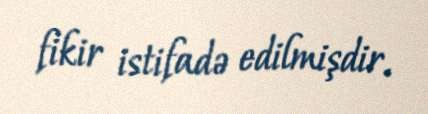
fikir istifadə edilmişdir.